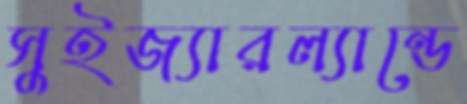
সুইজ্যারল্যান্ডে